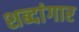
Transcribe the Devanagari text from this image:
शब्दांगार